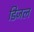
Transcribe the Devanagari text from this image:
डिजल